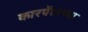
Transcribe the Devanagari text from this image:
कारपेंटरच्या